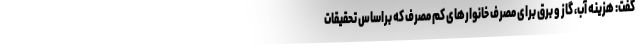
گفت: هزینه آب، گاز و برق برای مصرف خانوارهای کم مصرف که براساس تحقیقات